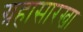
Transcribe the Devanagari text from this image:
ग्रहासारखा